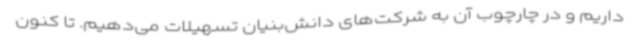
داریم و در چارچوب آن به شرکت‌های دانش‌بنیان تسهیلات می‌دهیم. تا کنون